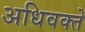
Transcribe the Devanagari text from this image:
अधिवक्ते